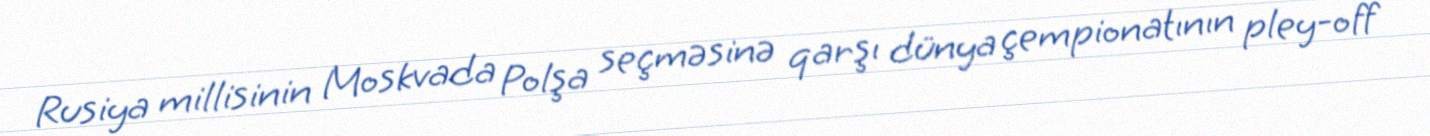
Rusiya millisinin Moskvada Polşa seçməsinə qarşı dünya çempionatının pley-off